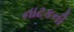
નાટકની